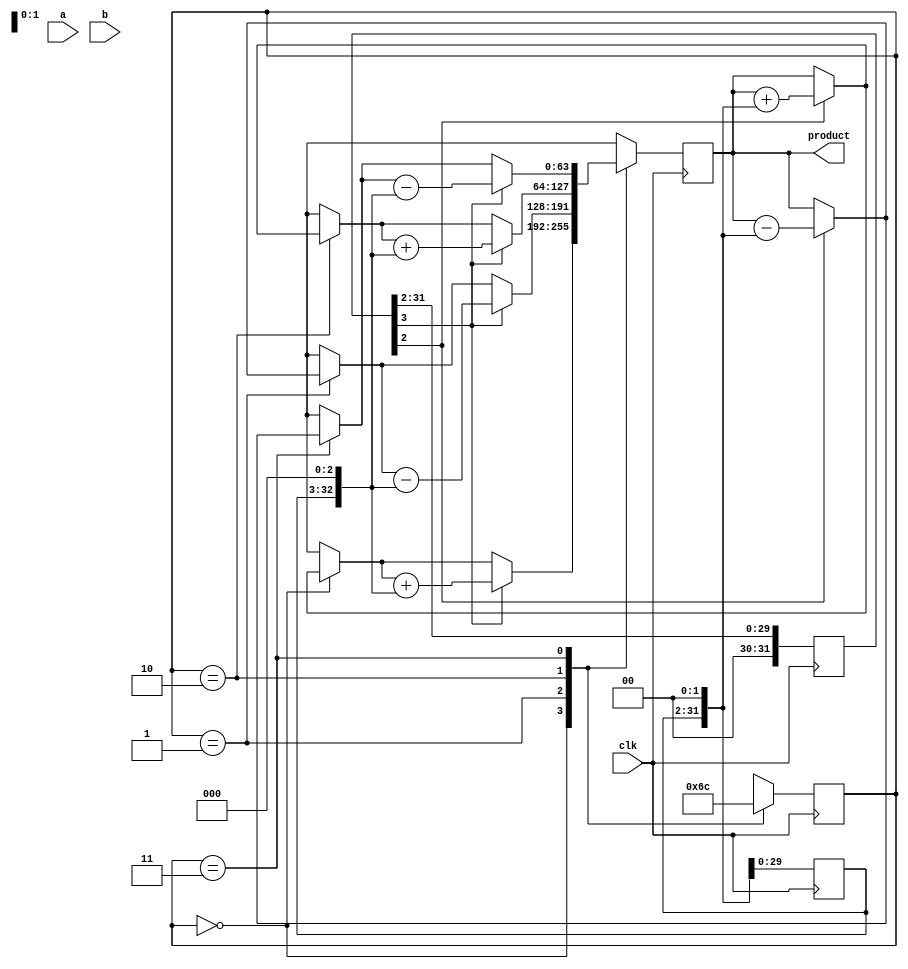
module Booth_Mult_32 (output reg [63:0] product, input [31:0] a, b, input wire clk);
  reg [31:0] a_reg, b_reg, sum;
  reg [32:0] c_out;
  reg [31:0] c_in;
  reg [31:0] c_reg;
  reg [63:0] acc;
  reg [1:0] state;
  integer i;

  // initializations
  initial begin
    c_in = 0;
    c_reg = 0;
    acc = 0;
    state = 2'b00;
    product = 0;
  end

  // perform the multiplication
  always @(posedge clk) begin
    a_reg = a_reg << 2;
    b_reg = b_reg >> 2;
    case (state)
      2'b00: begin
        if (b_reg[0] == 1'b1) begin
          acc = acc + a_reg;
        end
        if (b_reg[1] == 1'b1) begin
          acc = acc + (a_reg << 1);
        end
        state = 2'b01;
      end
      2'b01: begin
        if (b_reg[0] == 1'b1) begin
          acc = acc - a_reg;
        end
        if (b_reg[1] == 1'b1) begin
          acc = acc - (a_reg << 1);
        end
        state = 2'b10;
      end
      2'b10: begin
        if (b_reg[0] == 1'b1) begin
          acc = acc + a_reg;
        end
        if (b_reg[1] == 1'b1) begin
          acc = acc + (a_reg << 1);
        end
        state = 2'b11;
      end
      2'b11: begin
        if (b_reg[0] == 1'b1) begin
          acc = acc - a_reg;
        end
        if (b_reg[1] == 1'b1) begin
          acc = acc - (a_reg << 1);
        end
        state = 2'b00;
      end
    endcase
    product = acc;
  end
endmodule